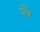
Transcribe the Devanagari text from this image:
मीरे